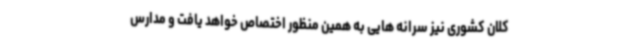
کلان کشوری نیز سرانه هایی به همین منظور اختصاص خواهد یافت و مدارس